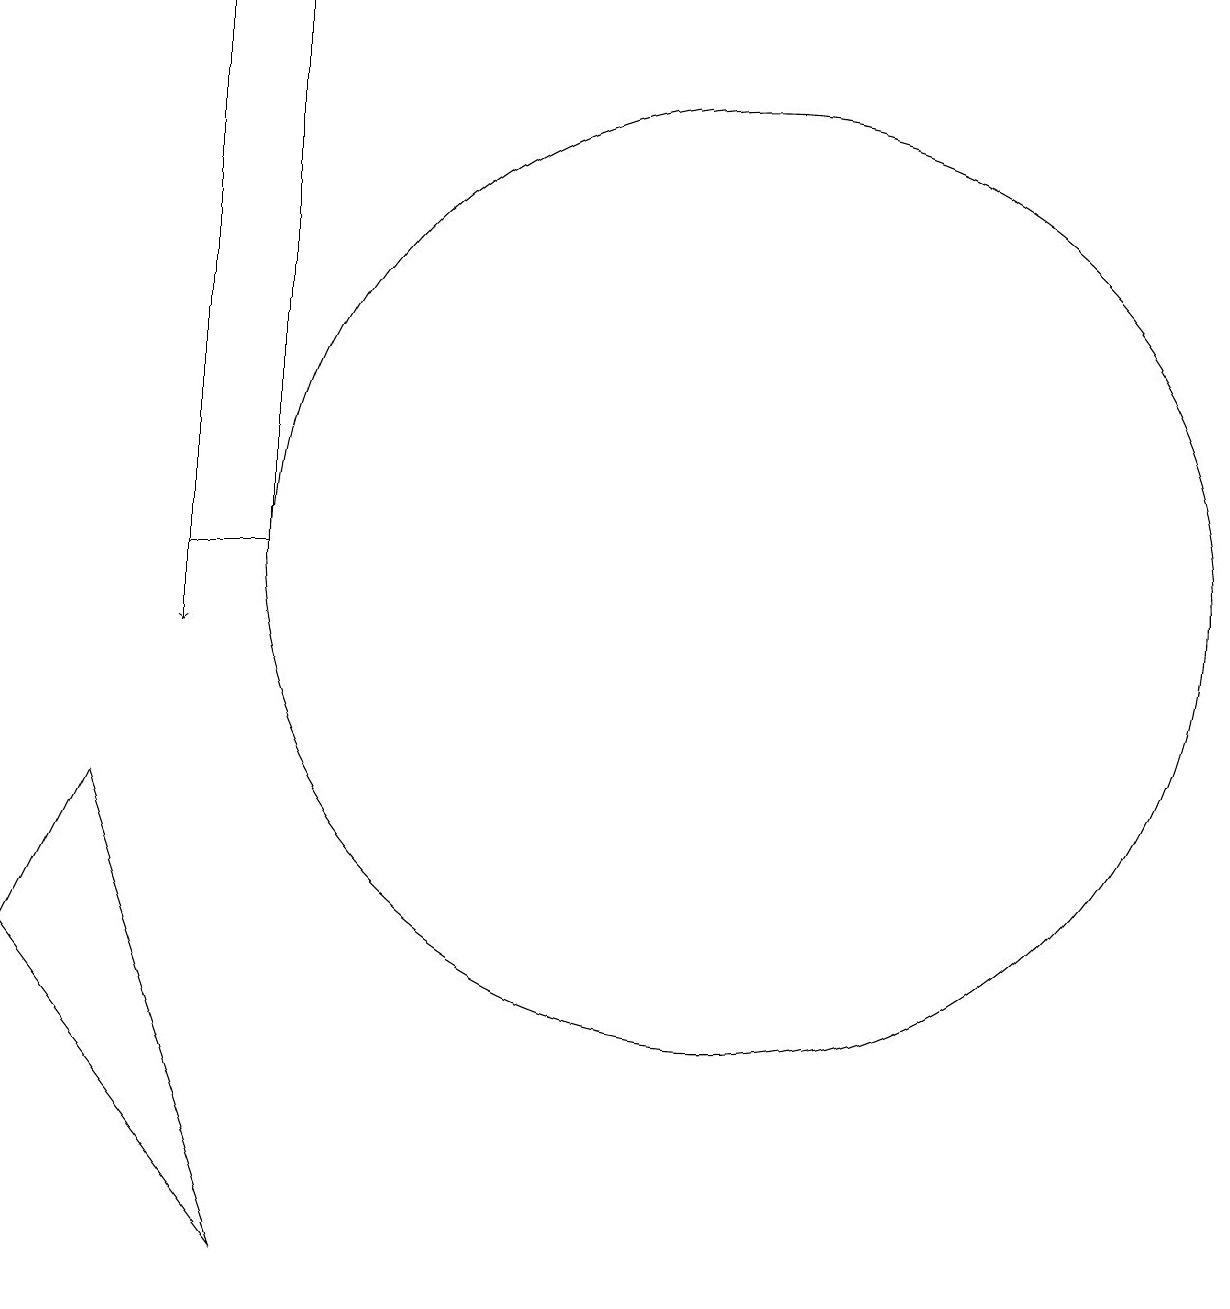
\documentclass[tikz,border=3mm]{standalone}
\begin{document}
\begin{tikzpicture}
\draw (12,11) circle (6);
\draw[->] (5,11) -- (5,10);
\draw (6,18) rectangle (5,11);
\draw (3,6) -- (6,2) -- (4,8) -- cycle;
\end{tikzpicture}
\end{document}